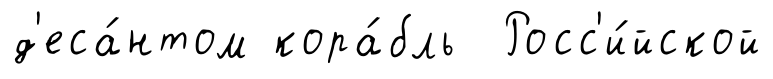
д'еса́нтом кора́бль Росс'и́йской